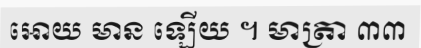
អោយ មាន ឡើយ ។ មាត្រា ៣៣